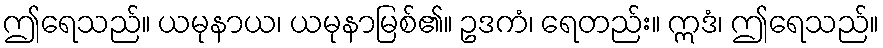
ဤရေသည်။ ယမုနာယ၊ ယမုနာမြစ်၏။ ဥဒကံ၊ ရေတည်း။ ဣဒံ၊ ဤရေသည်။